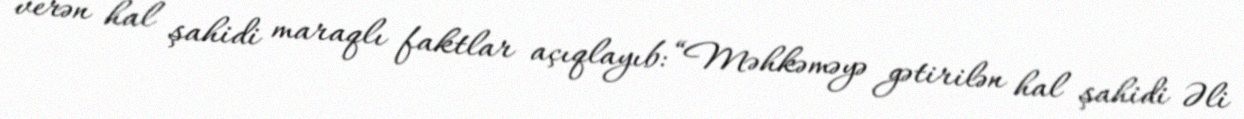
verən hal şahidi maraqlı faktlar açıqlayıb: “Məhkəməyə gətirilən hal şahidi Əli